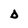
Character: D